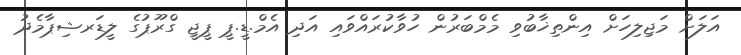
އަލަށް މަޖިލިހަށް އިންތިޚާބުވި މެމްބަރުން ހުވާކުރައްވައި އަދި އެމް.ޑީ.ޕީ ޕީޖީ ގްރޫޕުގެ ލީޑަރޝިޕާމެދު